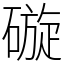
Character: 䃠